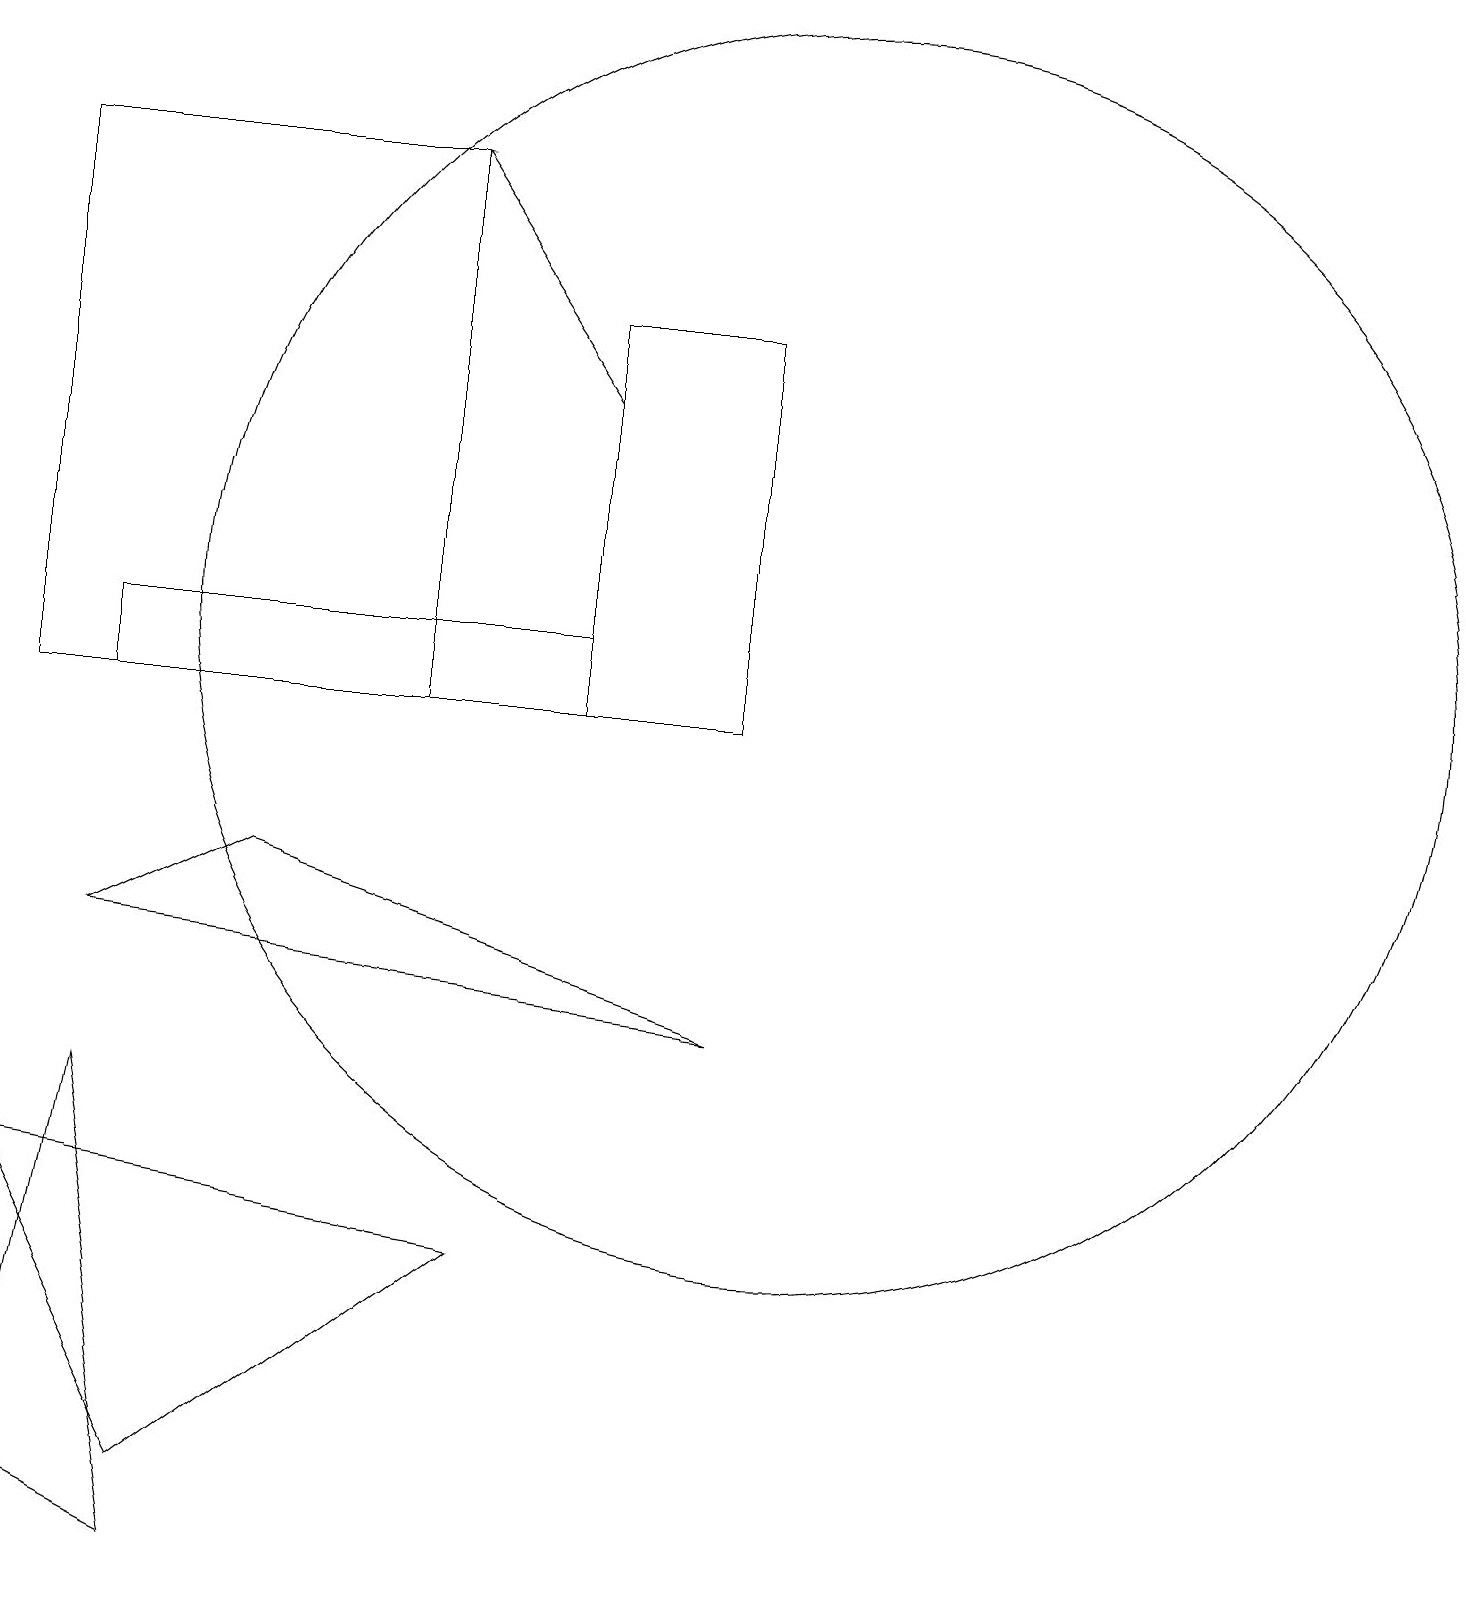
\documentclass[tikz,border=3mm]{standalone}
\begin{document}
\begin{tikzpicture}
\draw (7,16) rectangle (9,11);
\draw (1,11) rectangle (7,12);
\draw (1,6) -- (2,0) -- (0,1) -- cycle;
\draw (10,12) circle (8);
\draw (2,1) -- (6,4) -- (0,5) -- cycle;
\draw (5,18) rectangle (0,11);
\draw (1,8) -- (9,7) -- (3,9) -- cycle;
\draw[->] (7,15) -- (5,18);
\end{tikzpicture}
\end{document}